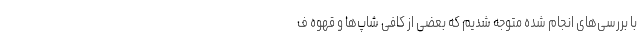
با بررسی‌های انجام شده متوجه شدیم که بعضی از کافی شاپ‌ها و قهوه ف